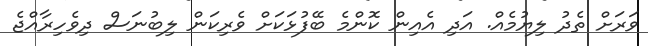
ވަރަށް ތެދު ލިޔުމެއް. އަދި އެއިން ކޮންމެ ބޭފުޅަކަށް ވެރިކަން ލިބުނަސް ދިވެހިރާއްޖެ